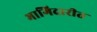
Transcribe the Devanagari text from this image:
भागिदारीत